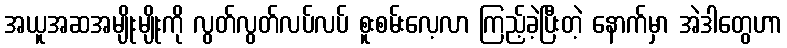
အယူအဆအမျိုးမျိုးကို လွတ်လွတ်လပ်လပ် စူးစမ်းလေ့လာ ကြည့်ခဲ့ပြီးတဲ့ နောက်မှာ အဲဒါတွေဟာ